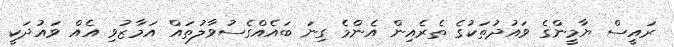
ރައީސް ޔާމީންގެ ވައުދުތަކުގެ ތެރެއިން އެންމެ ގިނަ ބައެއްގެސުވާލުތައް އަމާޒުވި އެއް ވައުދަކީ